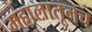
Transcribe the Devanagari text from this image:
महालातूनच